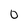
Character: D